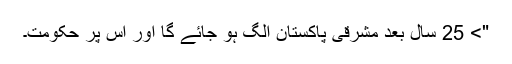
"> 25 سال بعد مشرقی پاکستان الگ ہو جائے گا اور اس پر حکومت۔